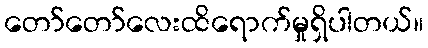
တော်တော်လေးထိရောက်မှုရှိပါတယ်။